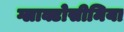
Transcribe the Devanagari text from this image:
ग्लाक्टोसीमिया